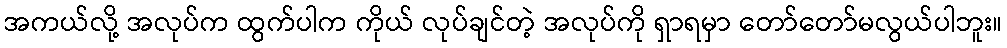
အကယ်လို့ အလုပ်က ထွက်ပါက ကိုယ် လုပ်ချင်တဲ့ အလုပ်ကို ရှာရမှာ တော်တော်မလွယ်ပါဘူး။